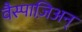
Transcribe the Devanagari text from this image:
वैस्पाज़िअन्